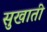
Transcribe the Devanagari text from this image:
सुखाती